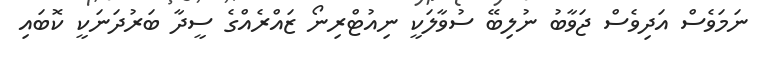
ނަމަވެސް އަދިވެސް ޖަވާބު ނުލިބޭ ސުވާލަކީ ނިއުޓްރިނޯ ޒައްރެއްގެ ސީދާ ބަރުދަނަކީ ކޮބައި